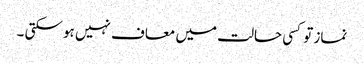
نماز تو کسی حالت میں معاف نہیں ہو سکتی ۔